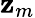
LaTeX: \mathbf{z}_{m}